Saare_Masina-traktorijaam, lk 10
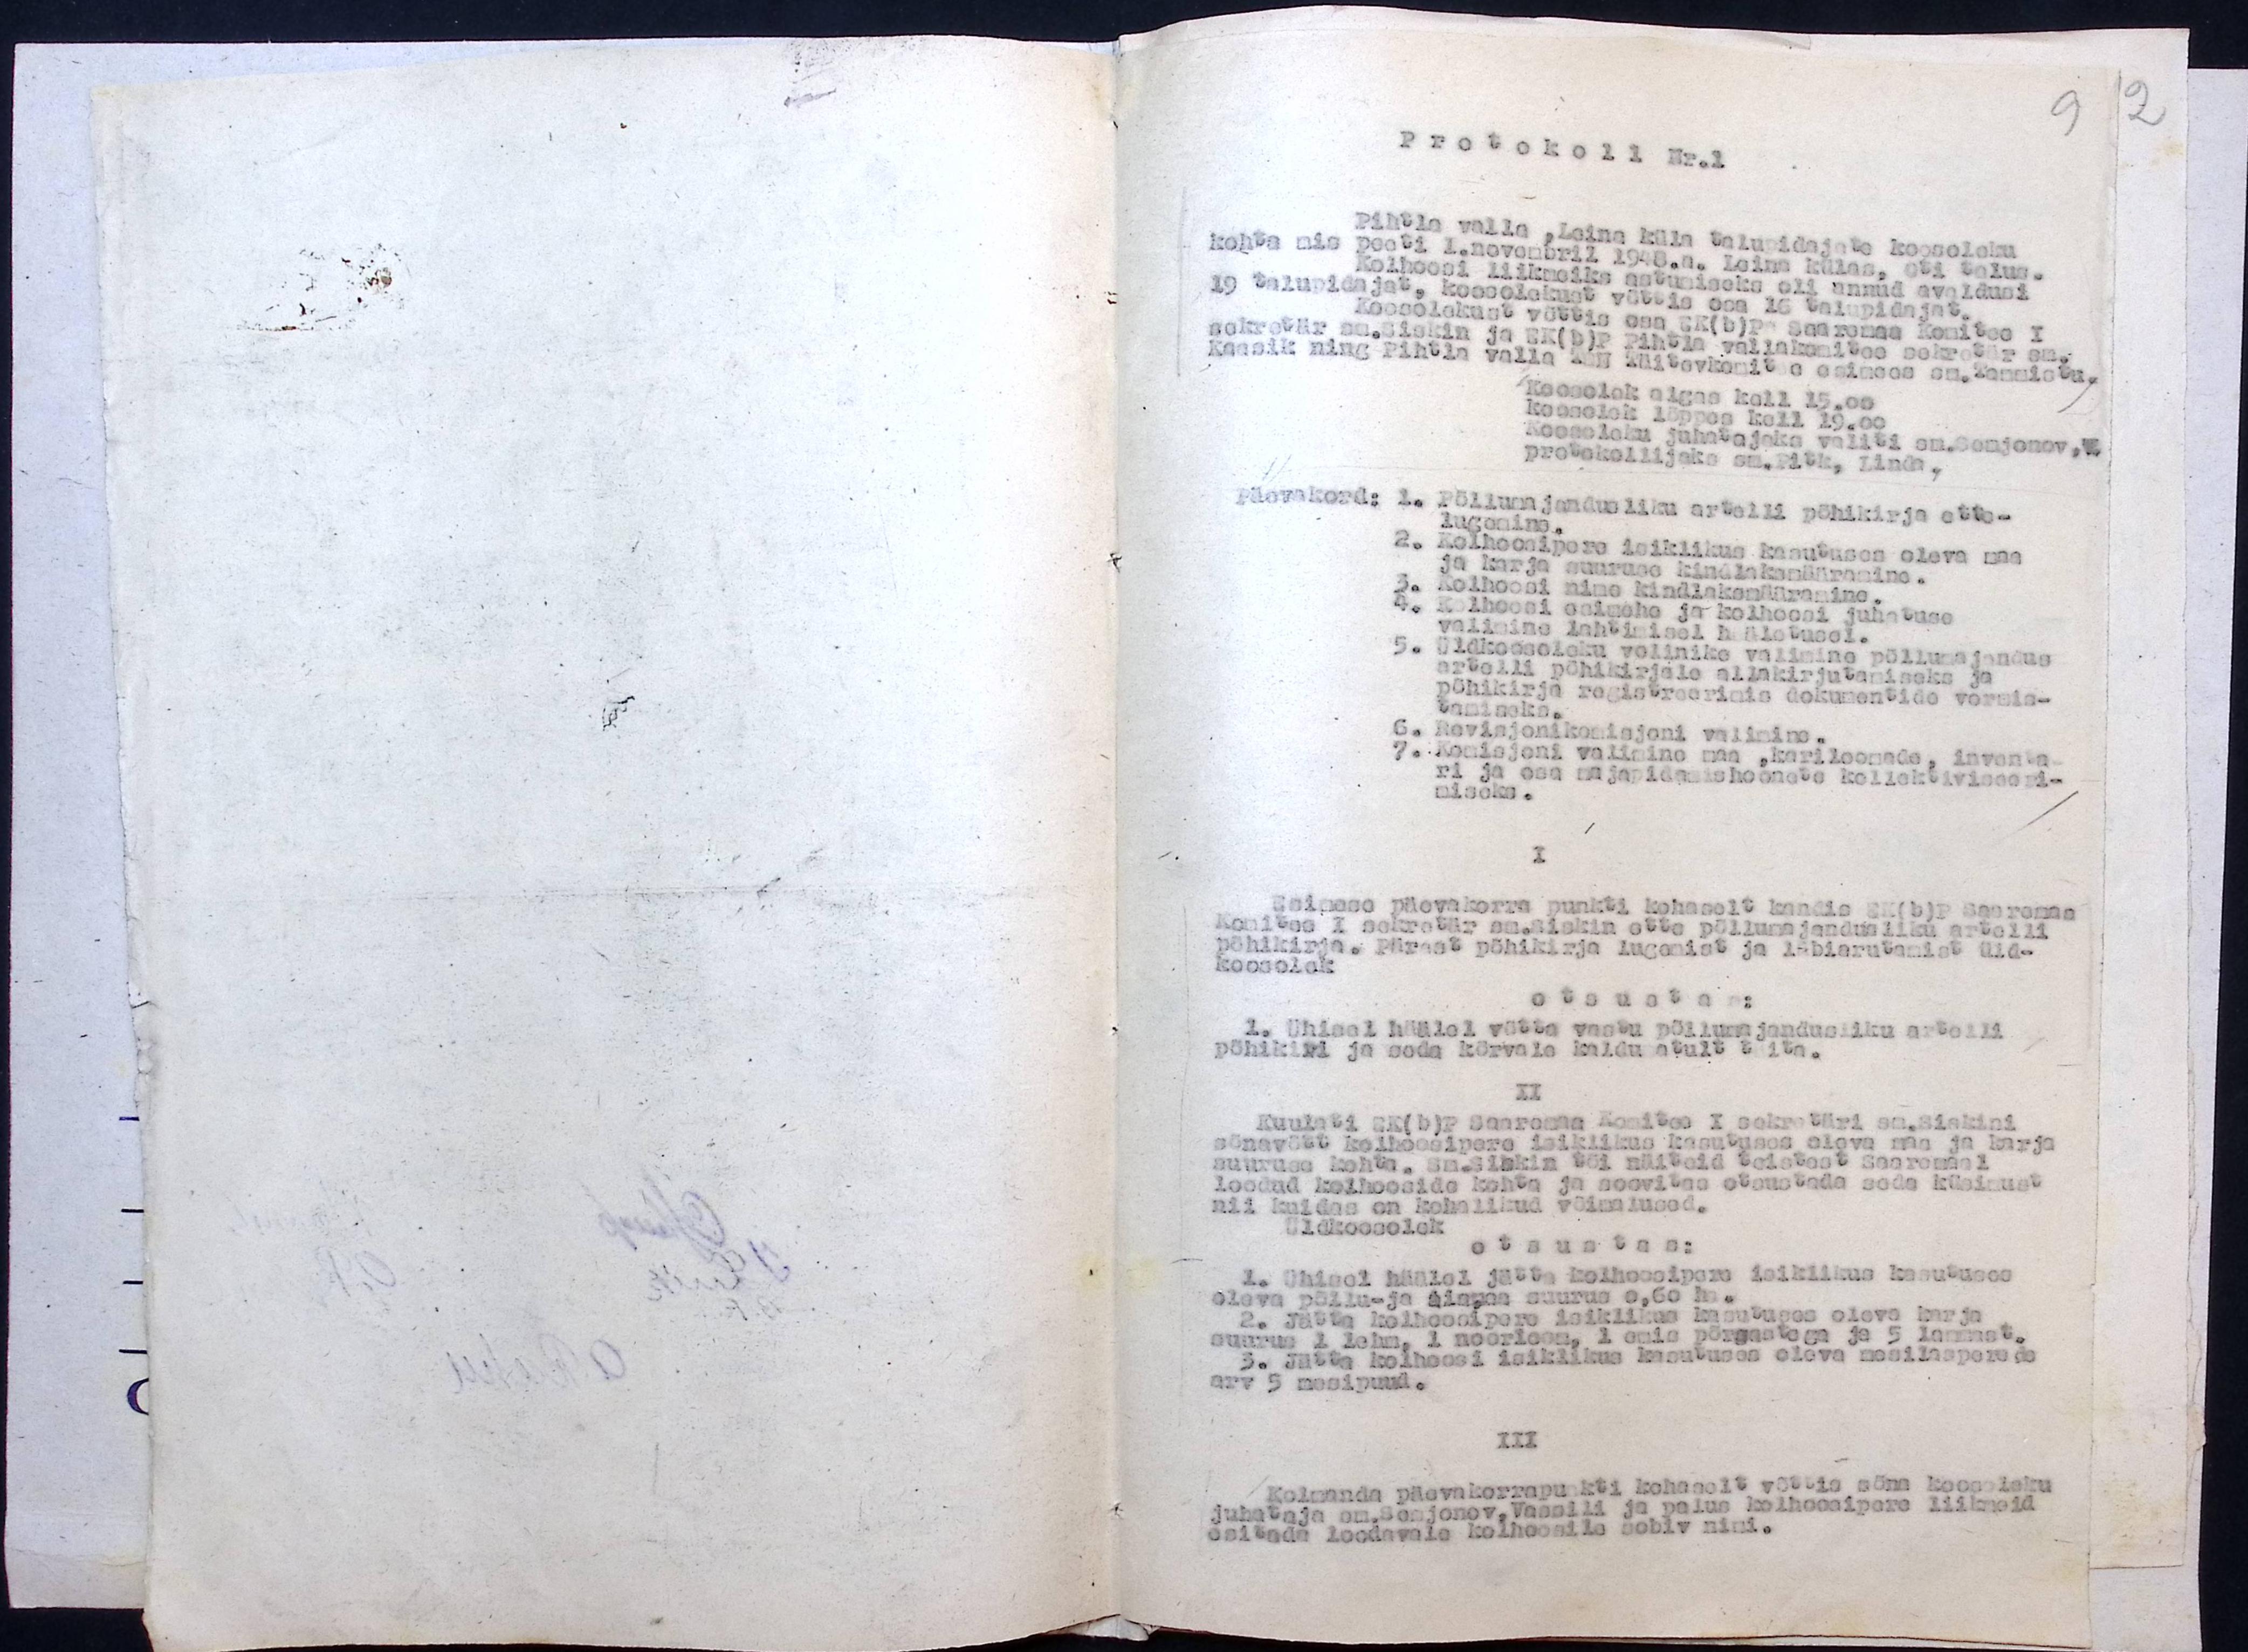
Protokoll Nr.1
Pihtla valla, Leina küla talupidajate koosoleku
kohta mis peeti 1. novembril 1948.a. Leina külas, Oti talus.
Kolhoosi liikmeiks astumiseks oli annud avaldusi
19 talupidajat, koosolekust võttis osa 16 talupidajat.
Koosolekust võttis osa EK(b)P Saaremaa Komitee I
sekretär sm. Siskin ja EK(b)P Pihtla vallakomitee sekretär sm.
Kaasik ning Pihtla valla TSN Täitevkomite esimees sm. Tammistu
Koosolek algas kell 15.00
Koosolek lõppes kell 19.00.
Koosoleku juhatajaks valiti sm. Semjonov, E.
protokollijaks sm. Pitk, Linda.
Päevakord: 1. Põllumajandusliku artelli põhikirja ette-
lugemine.
2. Kolhoosipere isiklikus kasutusse oleva maa
ja karja suuruse kindlaksmääramine.
3. Kolhoosi nime kindlaksmääramine.
4. Kolhoosi esimehe ja kolhoosi juhatuse
valimine lahtimisel hääletusel.
5. Üldkoosoleku volinike valimine põllumajandus
artelli põhikirjale allakirjutamiseks ja
põhikirja registreerimis dokumentide vormis-
tamiseks.
6. Revisjonikomisjoni valimine.
7. Komisjoni valimine maa ,kariloomade, inventa-
ri ja osa majapidamishoonete kollektiviseeri-
miseks.
I
Esimese päevakorra punkti kohaselt kandis EK(b)P Saaremaa
Komitee I sekretär sm. Siskin ette põllumajandusliku artelli
põhikirja. Pärast põhikirja lugemist ja läbiarutamist üld-
koosolek
otsustas:
1. Ühisel häälel võtta vastu põllumajandusliku artelli
põhikiri ja seda kõrvale kaldumatult täita.
II
Kuulati EK(b)P Saaremaa Komitee I sekretäri sm. Siskini
sõnavõtt kolhoosipere isiklikus kasutuses oleva maa ja karja
suuruse kohta. sm. Siskin tõi näiteid teistest Saaremaal
loodud kolhooside kohta ja soovitas otsustada seda küsimust
nii kuidas on kohalikud võimalused.
Üldkoosolek
otsustas:
1. Ühisel häälel jätta kolhoosipere isiklikus kasutuses
oleva põllu- ja aiamaa suurus 0,60ha.
2. Jätta kolhoosipere isiklikku kassutuses oleva karja
suurus 1 lehm, 1 noorloom, 1 emis põrsastega ja 5 lammast.
3. Jätta kolhoosi isiklikus kasutuses oleva mesilasperede
arv 5 mesipuud.
III
Kolmanda päevakorrapunkti kohaselt võttis sõna koosoleku
juhataja sm. Semjonev, Vassili ja palus kolhoosipere liikmeid
esitada loodavale kolhoosile sobiv nimi.